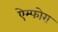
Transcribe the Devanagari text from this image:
ऐम्फोरा